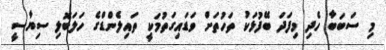
މި ސަބަބާ ހެދި މިފަދަ ބޭފުޅަކު ތަހުތަށް ވަޑައިގަތުމަކީ ތައިލެންޑްގެ ހަލަބޮލި ސިޔާސީ